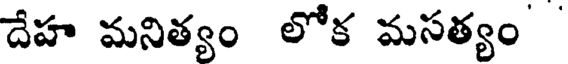
దేహ మనిత్యం లోక మసత్యం